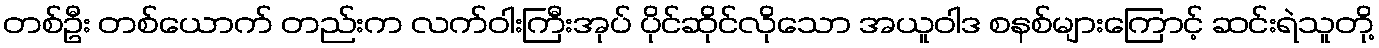
တစ်ဦး တစ်ယောက် တည်းက လက်ဝါးကြီးအုပ် ပိုင်ဆိုင်လိုသော အယူဝါဒ စနစ်များကြောင့် ဆင်းရဲသူတို့